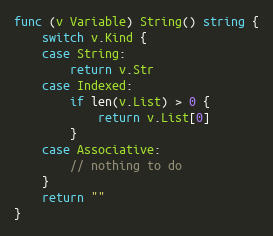
Language: Go
func (v Variable) String() string {
	switch v.Kind {
	case String:
		return v.Str
	case Indexed:
		if len(v.List) > 0 {
			return v.List[0]
		}
	case Associative:
		// nothing to do
	}
	return ""
}